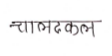
मजकूर: चालढकल